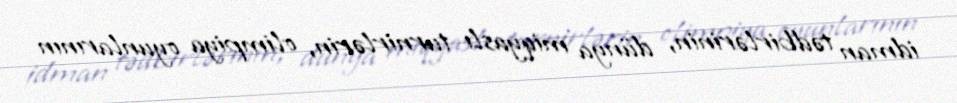
idman tədbirlərinin, dünya miqyaslı turnirlərin, olimpiya oyunlarının